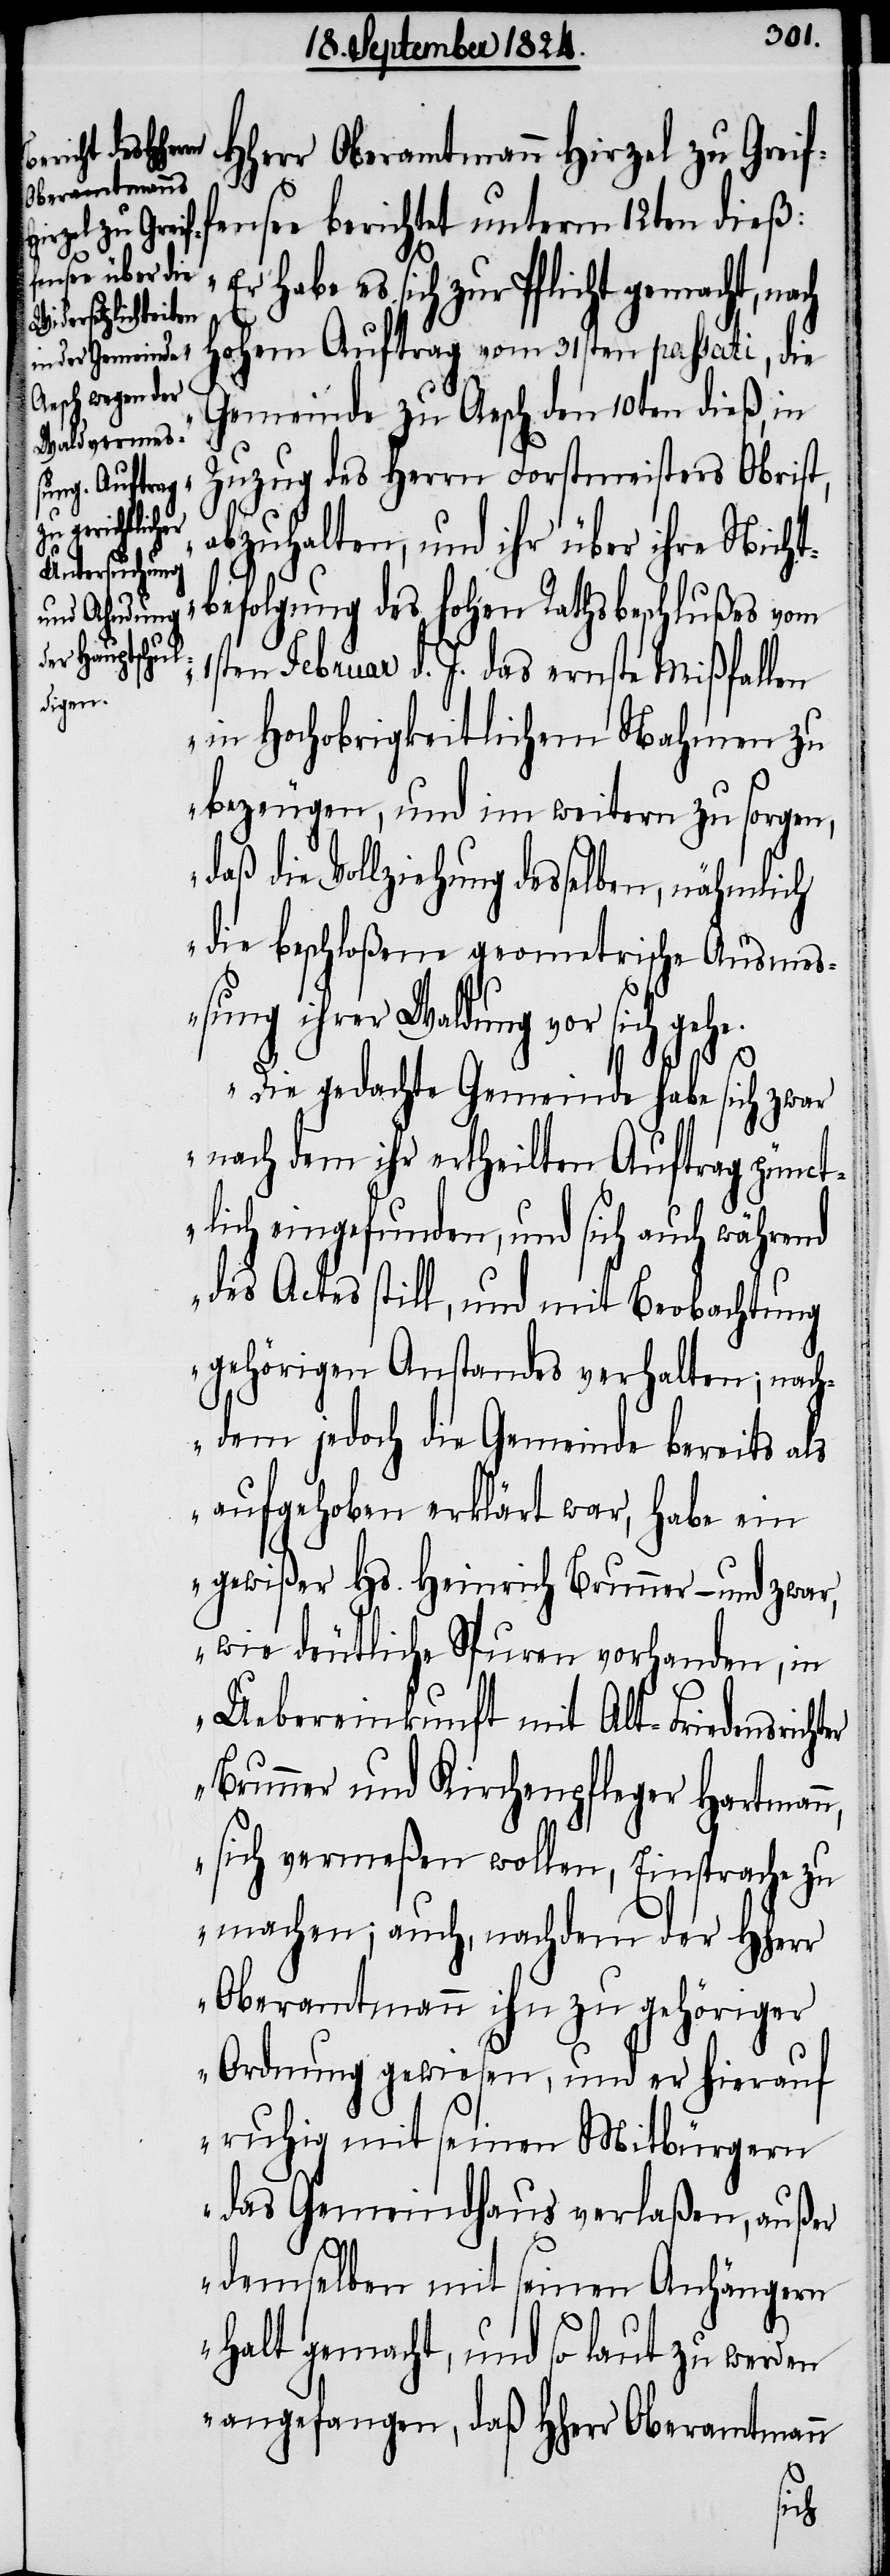
Oberamtmann
rzel zu Greiffensee berichtet unterm 12ten dieß:
habe es sich zur Pflicht gemacht, n¬
Hohem Auftrag vom 31sten passati, die
Gemeinde zu Aesch den 10ten dieß, in
Zuzug des Herrn Forstmeisters Obrist,
abzuhalten, und ihr über ihre Nicht¬
befolgung des hohen Rathsbeschlußes vom
1sten Februar d. J. das ernste Mißfallen
in Hochobrigkeitlichem Nahmen zu
bezeugen, und im weitern zu sorgen,
daß die Vollziehung desselben, nämlich
die beschloßene geometrische Ausm¬
eßung ihrer Waldung vor sich gehe.
Die gedachte Gemeinde habe sich zwar
nach dem ihr ertheilten Auftrag pünct¬
lich eingefunden, und sich auch während
des Actes still, und mit Beobachtung
gehörigen Anstandes verhalten; nach¬
dem jedoch die Gemeinde bereits als
aufgehobne erklärt war, habe ein
gewißer Hs. Heinrich Brunner – und zwar,
wie deutliche Spuren vorhanden, in
Uebereinkunft mit Alt-Friedensricht¬
Brunner und Kirchenpfleger Hartmann,
sich vermeßen wollen, Einsprache zu
machen; auch, nachdem der HHerr
Oberamtmann ihn zu gehöriger
Ordnung gewiesen, und er hierauf
ruhig mit seinen Mitbürgern
das Gemeindhaus verlaßen, außer
demselben mit seinen Anhängern
Halt gemacht, und so laut zu werden
angefangen, daß HHerr Oberamtmann
er